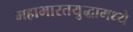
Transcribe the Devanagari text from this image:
महाभारतयुद्धामध्ये